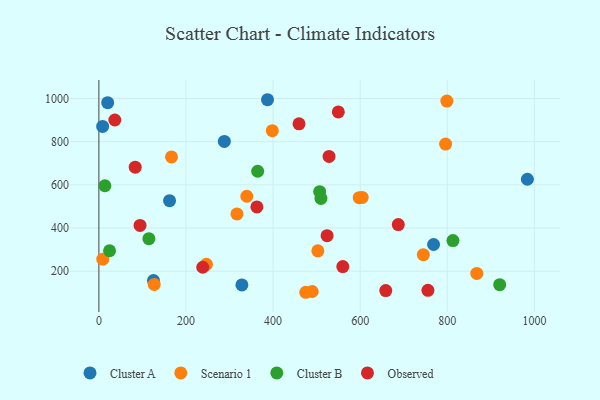
{"axis": {"x": "Investment", "y": "Yield"}, "legend": ["Cluster A", "Cluster B", "Observed", "Scenario 1"], "data": [{"x": "768.5", "y": 323.6, "type": "Cluster A"}, {"x": "8.6", "y": 870.8, "type": "Cluster A"}, {"x": "162.3", "y": 526.6, "type": "Cluster A"}, {"x": "328.4", "y": 136.4, "type": "Cluster A"}, {"x": "983.9", "y": 625.8, "type": "Cluster A"}, {"x": "20.2", "y": 980.7, "type": "Cluster A"}, {"x": "387.2", "y": 994.3, "type": "Cluster A"}, {"x": "125.4", "y": 156.7, "type": "Cluster A"}, {"x": "288.1", "y": 801.0, "type": "Cluster A"}, {"x": "502.8", "y": 294.5, "type": "Scenario 1"}, {"x": "597.7", "y": 540.7, "type": "Scenario 1"}, {"x": "796.1", "y": 788.7, "type": "Scenario 1"}, {"x": "867.7", "y": 189.5, "type": "Scenario 1"}, {"x": "9.0", "y": 255.6, "type": "Scenario 1"}, {"x": "398.2", "y": 850.7, "type": "Scenario 1"}, {"x": "127.0", "y": 138.6, "type": "Scenario 1"}, {"x": "489.9", "y": 105.9, "type": "Scenario 1"}, {"x": "317.0", "y": 465.1, "type": "Scenario 1"}, {"x": "166.8", "y": 729.4, "type": "Scenario 1"}, {"x": "799.0", "y": 988.0, "type": "Scenario 1"}, {"x": "475.0", "y": 102.3, "type": "Scenario 1"}, {"x": "745.0", "y": 276.4, "type": "Scenario 1"}, {"x": "246.9", "y": 232.0, "type": "Scenario 1"}, {"x": "604.6", "y": 541.8, "type": "Scenario 1"}, {"x": "339.7", "y": 547.2, "type": "Scenario 1"}, {"x": "114.8", "y": 350.4, "type": "Cluster B"}, {"x": "509.9", "y": 537.0, "type": "Cluster B"}, {"x": "24.5", "y": 294.7, "type": "Cluster B"}, {"x": "920.3", "y": 137.4, "type": "Cluster B"}, {"x": "364.6", "y": 662.9, "type": "Cluster B"}, {"x": "813.0", "y": 342.0, "type": "Cluster B"}, {"x": "13.8", "y": 595.8, "type": "Cluster B"}, {"x": "507.0", "y": 568.4, "type": "Cluster B"}, {"x": "362.8", "y": 497.7, "type": "Observed"}, {"x": "36.6", "y": 900.4, "type": "Observed"}, {"x": "238.5", "y": 218.2, "type": "Observed"}, {"x": "687.5", "y": 415.9, "type": "Observed"}, {"x": "560.1", "y": 221.5, "type": "Observed"}, {"x": "755.5", "y": 111.2, "type": "Observed"}, {"x": "83.4", "y": 682.0, "type": "Observed"}, {"x": "528.5", "y": 731.5, "type": "Observed"}, {"x": "524.0", "y": 364.3, "type": "Observed"}, {"x": "658.7", "y": 110.3, "type": "Observed"}, {"x": "549.8", "y": 938.0, "type": "Observed"}, {"x": "94.5", "y": 411.8, "type": "Observed"}, {"x": "459.5", "y": 882.6, "type": "Observed"}]}